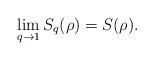
LaTeX: \begin{align*}\lim_{q\rightarrow 1}S_q(\rho)=S(\rho).\end{align*}